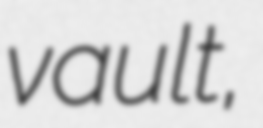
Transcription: vault,